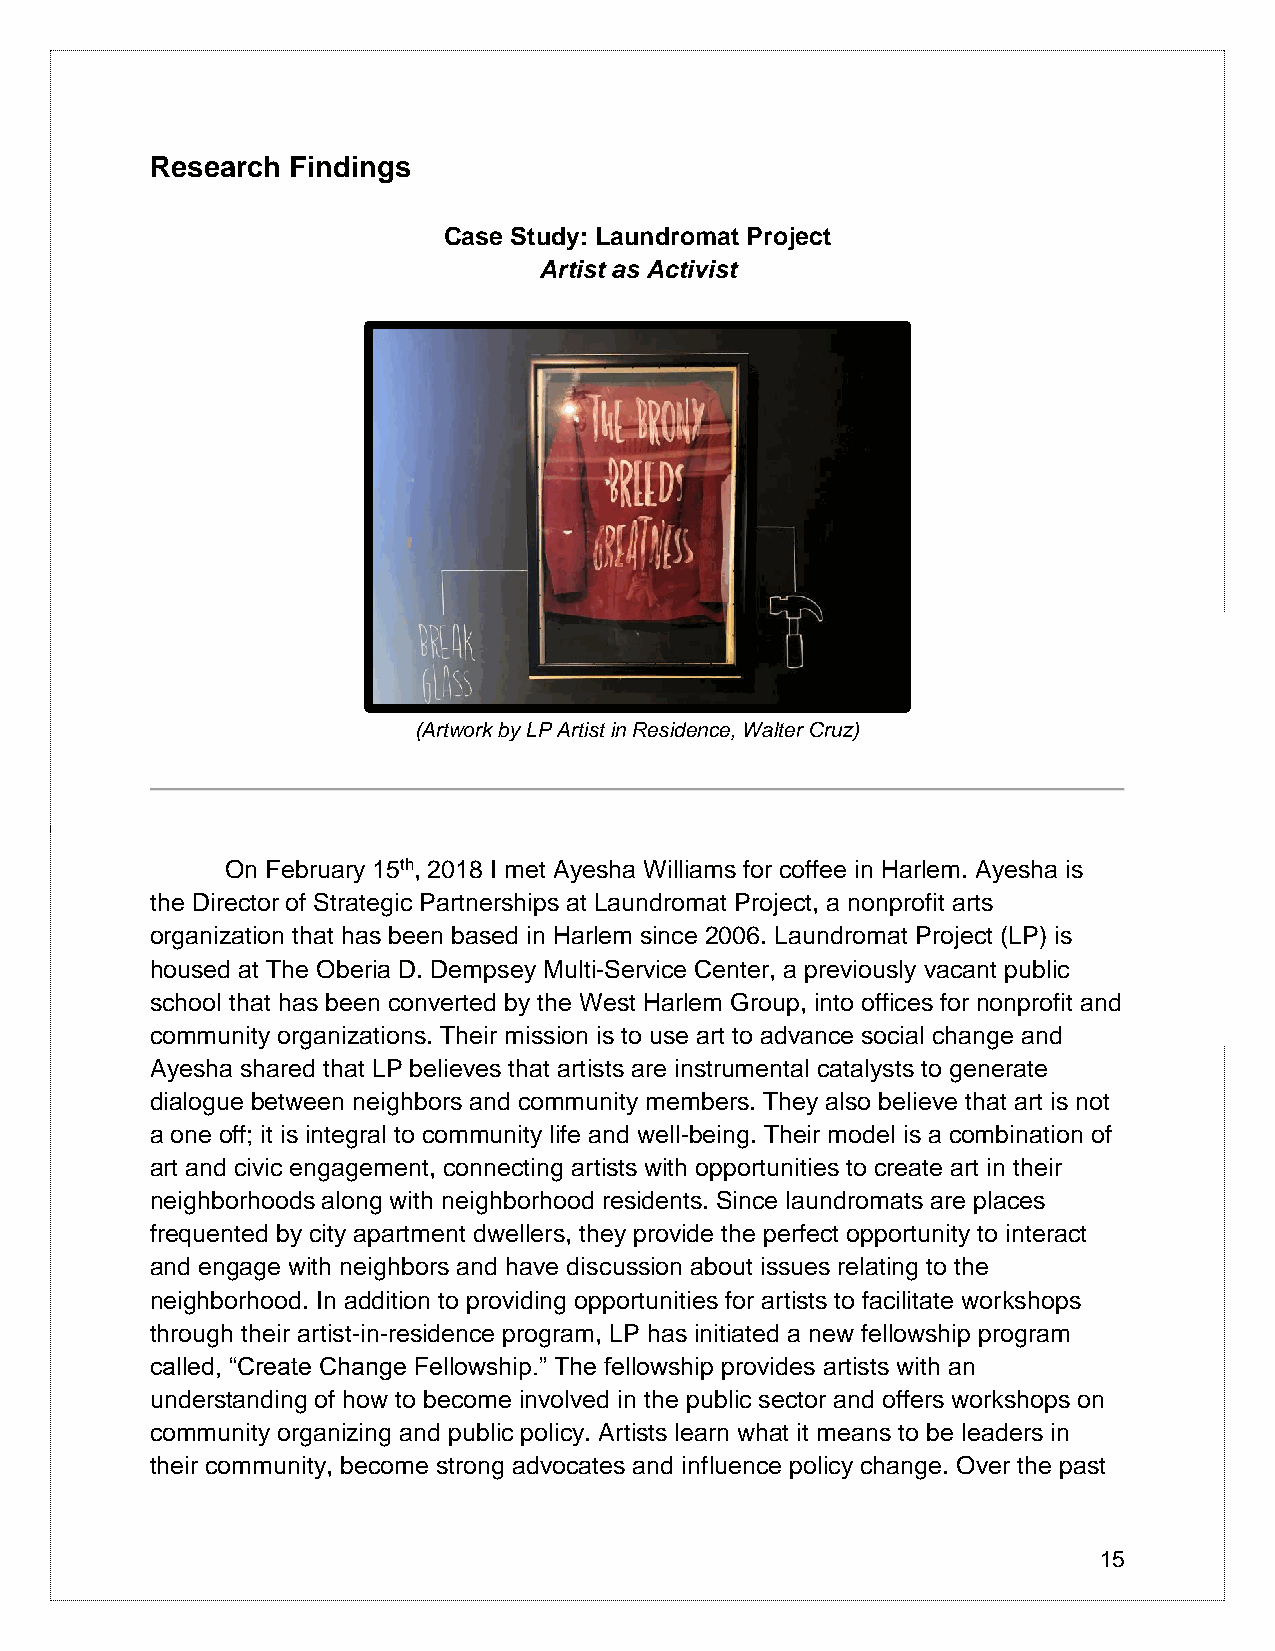
Research Findings
 Case Study: Laundromat Project
 Artist as Activist
 (Artwork by LP Artist in Residence, Walter Cruz)
 On February 15th, 2018 I met Ayesha Williams for coffee in Harlem. Ayesha is
 the Director of Strategic Partnerships at Laundromat Project, a nonprofit arts
 organization that has been based in Harlem since 2006. Laundromat Project (LP) is
 housed at The Oberia D. Dempsey Multi-Service Center, a previously vacant public
 school that has been converted by the West Harlem Group, into offices for nonprofit and
 community organizations. Their mission is to use art to advance social change and
 Ayesha shared that LP believes that artists are instrumental catalysts to generate
 dialogue between neighbors and community members. They also believe that art is not
 a one off; it is integral to community life and well-being. Their model is a combination of
 art and civic engagement, connecting artists with opportunities to create art in their
 neighborhoods along with neighborhood residents. Since laundromats are places
 frequented by city apartment dwellers, they provide the perfect opportunity to interact
 and engage with neighbors and have discussion about issues relating to the
 neighborhood. In addition to providing opportunities for artists to facilitate workshops
 through their artist-in-residence program, LP has initiated a new fellowship program
 called, “Create Change Fellowship.” The fellowship provides artists with an
 understanding of how to become involved in the public sector and offers workshops on
 community organizing and public policy. Artists learn what it means to be leaders in
 their community, become strong advocates and influence policy change. Over the past
 15